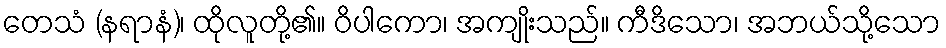
တေသံ (နရာနံ)၊ ထိုလူတို့၏။ ဝိပါကော၊ အကျိုးသည်။ ကီဒိသော၊ အဘယ်သို့သော